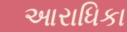
આરાધિકા